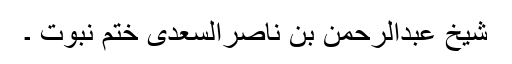
شیخ عبدالرحمٰن بن ناصرالسعدی ختم نبوّت ۔